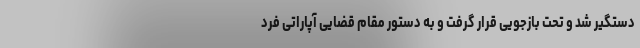
دستگیر شد و تحت بازجویی قرار گرفت و به دستور مقام قضایی آپاراتی فرد